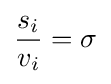
{s_{i} \over v_{i}}=\sigma